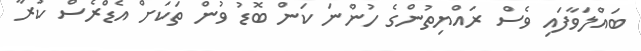
ބައްލަވާފައި ވެސް ރައްޔިތުންގެ ހުންނަ ކަން ބޮޑު ވުން ތަކަށް އެޑްރެސް ކުރާ